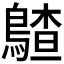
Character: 𪃵